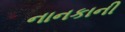
નાનકાની